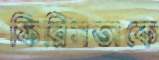
ফিরিসতাকে